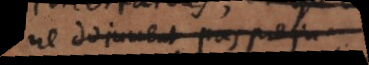
ne doivent pas preju